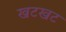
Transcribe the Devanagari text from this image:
खटखट